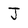
Character: J